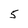
Character: 5